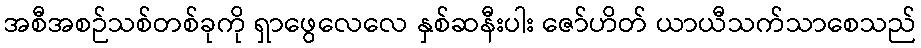
အစီအစဉ်သစ်တစ်ခုကို ရှာဖွေလေလေ နှစ်ဆနီးပါး ဇော်ဟိတ် ယာယီသက်သာစေသည်